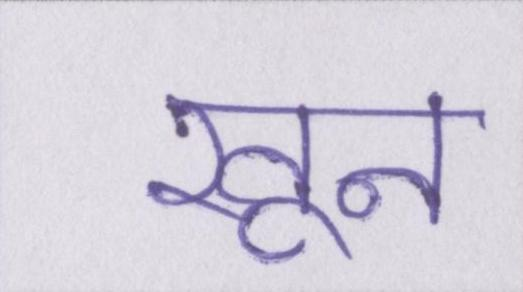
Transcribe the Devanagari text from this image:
खून